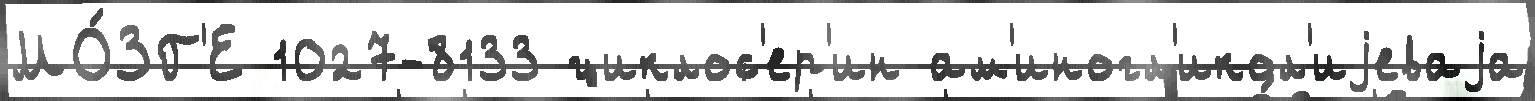
МО́ЗГ'Е 1027-8133 циклос'ер'ин ам'иногл'икол'иjеваjа